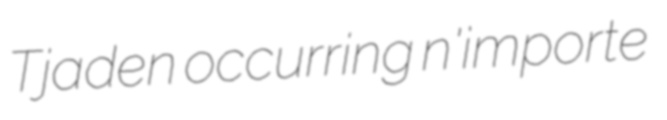
Tjaden occurring n'importe